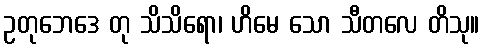
ဥတုဘေဒေ တု သိသိရော၊ ဟိမေ သော သီတလေ တိသု။